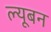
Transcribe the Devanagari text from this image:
ल्यूबन